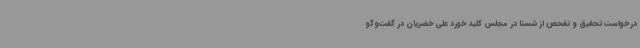
درخواست تحقیق و تفحص از شستا در مجلس کلید خورد علی خضریان در گفت‌وگو